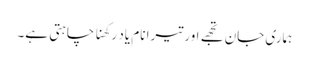
ہماری جان تجھے اور تیرا نام یاد رکھنا چاہتی ہے۔